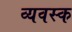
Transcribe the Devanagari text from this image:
व्यवस्क